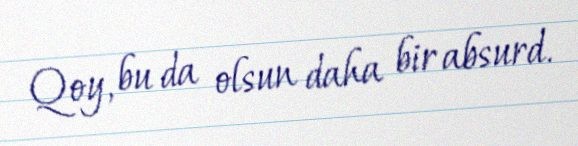
Qoy, bu da olsun daha bir absurd.